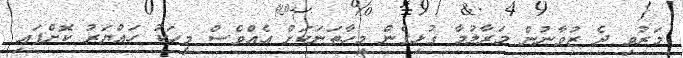
މަރުވި ދެ ޒުވާނުން މަރާލުމާ ގުޅިގެން މިހާތަނަކަށް އެއްވެސް މީހަކު ހައްޔަރު ކޮށްފައި